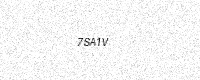
Text: 7SA1V